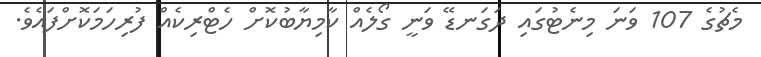
މެޗުގެ 107 ވަނަ މިނެޓުގައި ދަގަނޑޭ ވަނީ ގޯލެއް ކާމިޔާބުކޮށް ހެޓްރިކެއް ފުރިހަމަކޮށްފައެވެ.